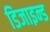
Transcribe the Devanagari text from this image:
डिजाइन्ड